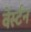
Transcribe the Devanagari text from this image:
वेर्स्‍टन